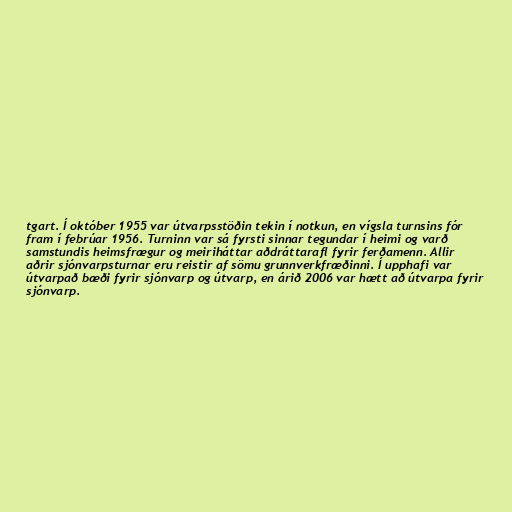
tgart. Í október 1955 var útvarpsstöðin tekin í notkun, en vígsla turnsins fór
fram í febrúar 1956. Turninn var sá fyrsti sinnar tegundar í heimi og varð
samstundis heimsfrægur og meiriháttar aðdráttarafl fyrir ferðamenn. Allir
aðrir sjónvarpsturnar eru reistir af sömu grunnverkfræðinni. Í upphafi var
útvarpað bæði fyrir sjónvarp og útvarp, en árið 2006 var hætt að útvarpa fyrir
sjónvarp.